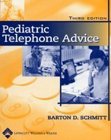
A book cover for Pediatric Telephone Advice; Barton D. Schmitt MD; Medical Books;